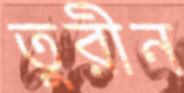
তুরীন